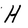
Character: H